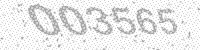
Solution: 003565